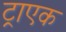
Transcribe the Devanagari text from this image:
ट्राएक